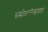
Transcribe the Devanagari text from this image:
समीक्षालेखनात